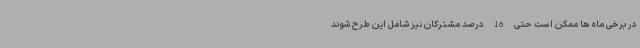
در برخی ماه ها ممکن است حتی 16 درصد مشترکان نیز شامل این طرح شوند